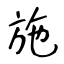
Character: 施